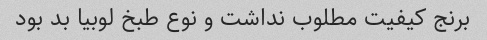
برنج کیفیت مطلوب نداشت و نوع طبخ لوبیا بد بود